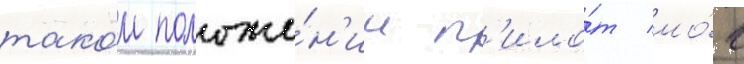
тако́м положе́н'ии п'ило́т мо́г